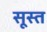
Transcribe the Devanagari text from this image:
सूस्त